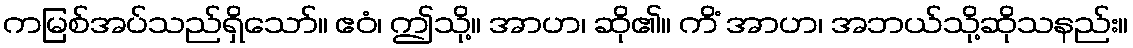
ကမြစ်အပ်သည်ရှိသော်။ ဧဝံ၊ ဤသို့။ အာဟ၊ ဆို၏။ ကိံ အာဟ၊ အဘယ်သို့ဆိုသနည်း။